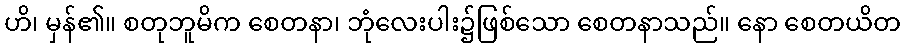
ဟိ၊ မှန်၏။ စတုဘူမိက စေတနာ၊ ဘုံလေးပါး၌ဖြစ်သော စေတနာသည်။ နော စေတယိတ